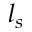
l _ { s }